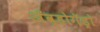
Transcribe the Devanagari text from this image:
अॅव्होगॅड्रो